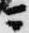
ニ